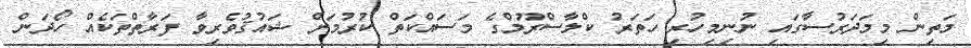
މަތިން މިމަދަރުސާގައި ނުނިމިހުރި ހަތަރު ކްލާސްރޫމްގެ މަސައްކަތް ކުރުމަށް ޝައުޤުވެރިވާ ފަރާތްތަކެއް ހޯދަން